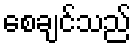
စေချင်သည်